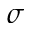
\sigma